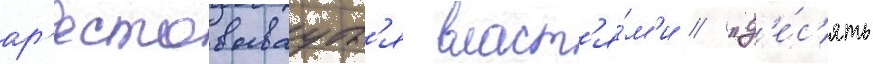
ар'естовываутс'я власт'я́м'и // "д'е́с'ять